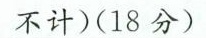
不计)(18分)